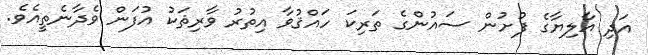
އަދި އާލިޔާގެ ފުށުން ސައުންގެ ތަރިކަ ހައްޤުވާ އިތުރު ވާރިޘަކު އުފަން ވެދާނެތީއެވެ.